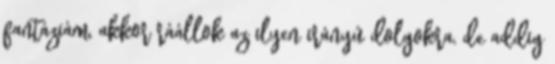
fantáziám, akkor ráállok az ilyen irányú dolgokra, de addig